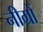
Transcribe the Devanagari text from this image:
नीग्रों